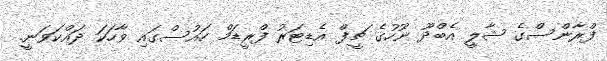
ފްރާންސްގެ ޝާލީ އެބްދޫ ނޫހުގެ ޗީފް އެޑިޓަރު ފްރީޑަމް ހައުސްގައި ވާހަކަ ދައްކަވަނީ.